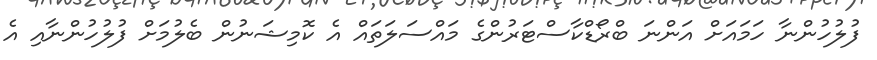
ފުލުހުންނާ ހަމައަށް އަންނަ ބްރޯޑްކާސްޓަރުންގެ މައްސަލަތައް އެ ކޮމިޝަނުން ބެލުމަށް ފުލުހުންނާއި އެ